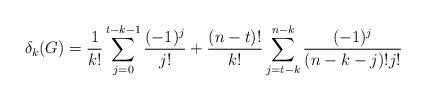
LaTeX: \begin{align*} \delta_k(G) = \frac{1}{k!}\sum_{j=0}^{t-k-1}\frac{(-1)^j}{j!} +\frac{(n-t)!}{k!}\sum_{j={t-k}}^{n-k} \frac{(-1)^{j}}{(n-k-j)!j!} \qquad \end{align*}